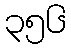
၃၅၆